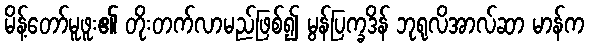
မိန့်တော်မူဖူး၏ တိုးတက်လာမည်ဖြစ်၍ မွန်ပြက္ခဒိန် ဘုရုလိအာလ်ဆာ မာန်က